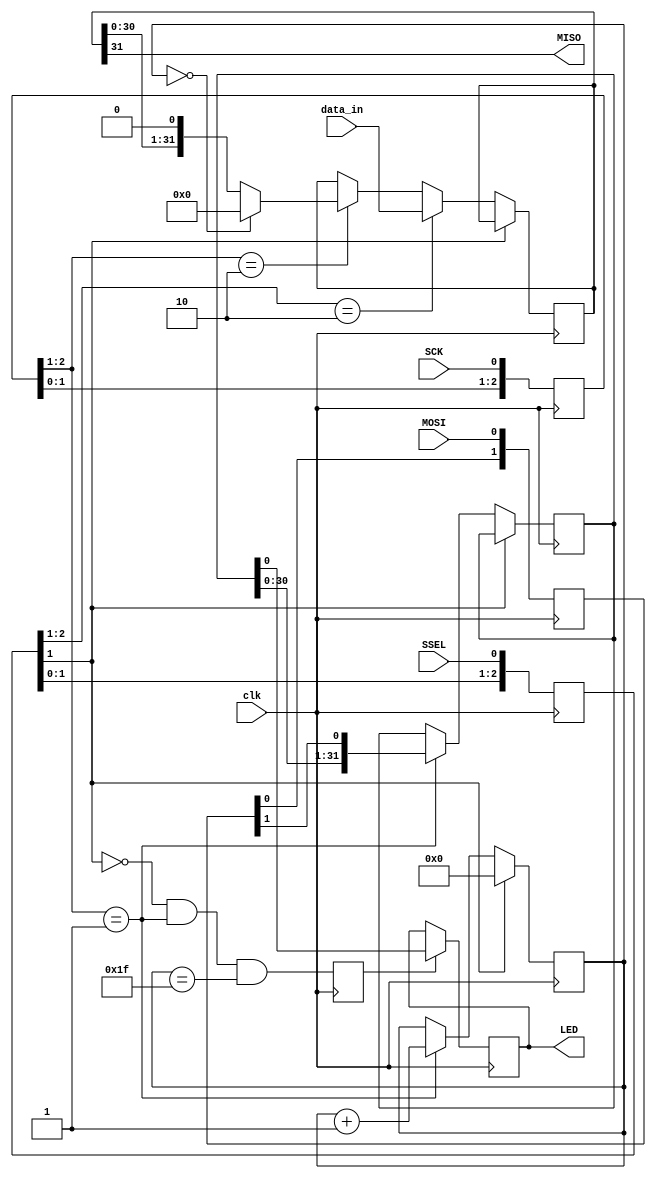
// https://www.fpga4fun.com/SPI2.html

module SPI_SLAVE(
    clk,
    SCK,
    MOSI,
    MISO,
    SSEL, 
    LED,
	 data_in
);

input   clk;
input   SCK, SSEL, MOSI;
input [31:0]    data_in;

output MISO;

output LED;

////////////////// SYNCHRONISING ///////////////////

// sync SCK to the clock using a 3-bits shift register
reg[2:0] SCKr;
wire SCK_risingedge = (SCKr[2:1]==2'b01);  // now we can detect SCK rising edges
wire SCK_fallingedge = (SCKr[2:1]==2'b10);  // and falling edges

// sync SSEL to clock
reg [2:0] SSELr;
wire SSEL_active = ~SSELr[1];  // SSEL is active low
wire SSEL_startmessage = (SSELr[2:1]==2'b10);  // message starts at falling edge
wire SSEL_endmessage = (SSELr[2:1]==2'b01);  // message stops at rising edge

// sync MOSI to clock
reg [1:0] MOSIr;
wire MOSI_data = MOSIr[1];

always @(posedge clk) begin
    SCKr <= {SCKr[1:0], SCK};
    SSELr <= {SSELr[1:0], SSEL};
    MOSIr <= {MOSIr[0], MOSI};
end

/////////////////// RECEIVING DATA /////////////////

reg[4:0] bitcnt;
reg byte_received;
reg[31:0] byte_data_received;

always @(posedge clk) begin
    if(~SSEL_active) begin
        bitcnt <= 5'b000;
    end
    else if(SCK_risingedge) begin
        bitcnt <= bitcnt + 5'b0001;
        byte_data_received <= {byte_data_received[30:0], MOSI_data};
    end
    byte_received <= SSEL_active && SCK_risingedge && (bitcnt==5'b11111);
end

reg LED;

always @(posedge clk) begin
    if(byte_received) begin
        LED <= byte_data_received[0];
    end
end

////////////////// TRANSMISSION ///////////////////

reg[31:0] byte_data_sent;

reg[31:0] cnt;

always @(posedge clk) begin
    if(SSEL_startmessage) begin
        cnt <= cnt + 8'h1;
    end
end
always@(posedge clk) begin
    if(SSEL_active) begin
        if(SSEL_startmessage) begin
            byte_data_sent <= data_in;
        end
        else if(SCK_fallingedge) begin
            if(bitcnt==3'b000) begin
                byte_data_sent <= 32'h00;
            end
            else begin
                byte_data_sent <= {byte_data_sent[30:0], 1'b0};
            end
        end
    end
end

assign MISO = byte_data_sent[31];

endmodule